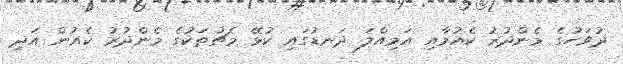
ދުވަހުގެ މެންދުރު ކެއުމާއި އަމިއްލަ ދަނޑުގައި ކުޅޭ މެޗުތަކުގެ މެންދުރު ކެއުން އަދި